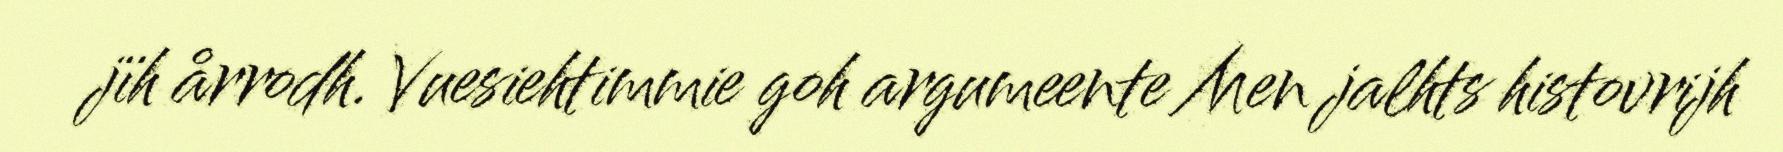
jïh årrodh. Vuesiehtimmie goh argumeente Men jalhts histovrijh